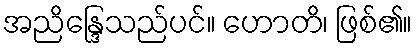
အညိန္ဒြေသည်ပင်။ ဟောတိ၊ ဖြစ်၏။